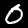
Digit: 0